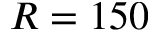
R = 1 5 0